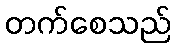
တက်စေသည်